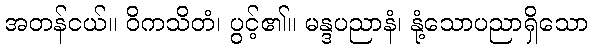
အတန်ငယ်။ ဝိကသိတံ၊ ပွင့်၏။ မန္ဒပညာနံ၊ နုံ့သောပညာရှိသော